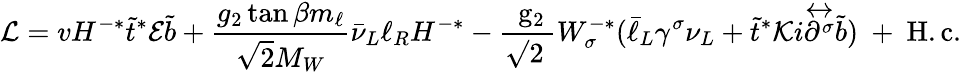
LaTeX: {\cal L}=vH^{-*}\tilde{t}^{*}{\cal E}\tilde{b}+{\frac{g_{2}\tan\beta m_{\ell}}{\sqrt 2M_{W}}}\bar{\nu}_{L}\ell_{R}H^{-*}-\mathrm{\frac{~g_{2}}{\surd 2~}}W_{\sigma}^{-*}(\bar{\ell}_{L}\gamma^{\sigma}\nu_{L}+\tilde{t}^{*}{\cal K}i{\stackrel{\leftrightarrow}{\partial^{\sigma}}}\tilde{b})\mathrm{~+~H.c.~}